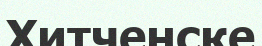
Хитченске